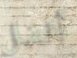
أفضل